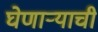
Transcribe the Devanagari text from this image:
घेणाऱ्याची